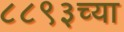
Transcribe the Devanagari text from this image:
८८९३च्या